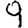
Digit: 9